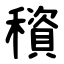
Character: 䆅